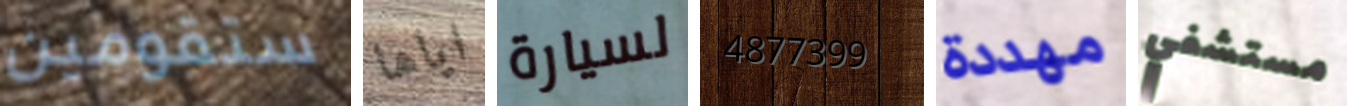
ستقومين اياها لسيارة 4877399 مهددة مستشفي